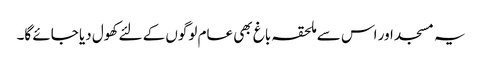
یہ مسجد اور اس سے ملحقہ باغ بھی عام لوگوں کے لئے کھول دیا جائے گا۔